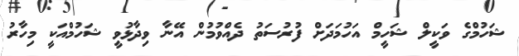
ޝަހުމްގެ ވަކީލް ޝަހީމް އަހުމަދަށް ފުރުސަތު ދެއްވުމުން އޭނާ ވިދާޅުވީ ޝަހުމްއަކީ މިހާރު